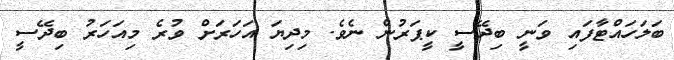
ބަލަހައްޓާފައި ވަނީ ބިދޭސީ ކީޕަރުން ނެވެ. މިދިޔަ އަހަރަށް ވުރެ މިއަހަރު ބިދޭސީ